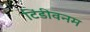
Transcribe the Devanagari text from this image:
टिंडीवनम